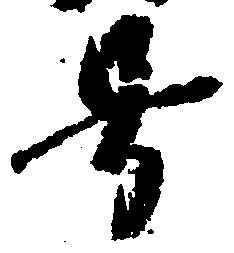
号